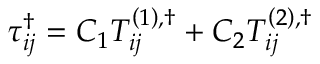
\tau _ { i j } ^ { \dag } = { C _ { 1 } } T _ { i j } ^ { \left( 1 \right) , \dag } + { C _ { 2 } } T _ { i j } ^ { \left( 2 \right) , \dag }